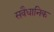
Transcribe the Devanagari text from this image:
सवैधानिक